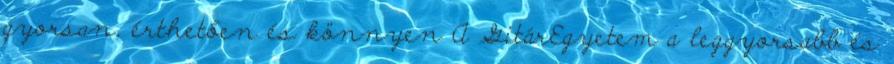
gyorsan, érthetően és könnyen A GitárEgyetem a leggyorsabb és